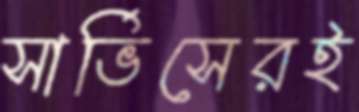
সার্ভিসেরই